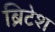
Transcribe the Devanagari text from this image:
ब्रिटेश